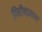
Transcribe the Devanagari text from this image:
गिरीन्द्रनाथ